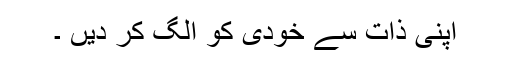
اپنی ذات سے خودی کو الگ کر دیں ۔